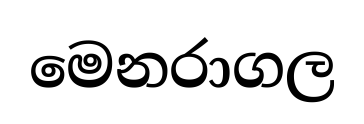
මෙනරාගල